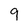
Character: 9